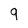
Character: 9